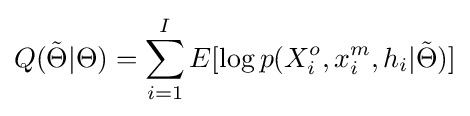
Q({\tilde {\Theta }}|\Theta )=\sum _{i=1}^{I}E[\log p(X_{i}^{o},x_{i}^{m},h_{i}|{\tilde {\Theta }})]